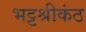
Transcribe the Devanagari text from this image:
भट्टश्रीकंठ